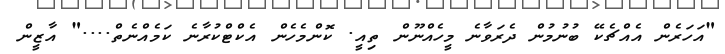
"އަހަރެން އެއްޗެކޭ ބުނުމުން ދެރަވާނެ މީހެއްނޫން ތިއީ. ކޮންމެހެން އެކްޓްކުރާނެ ކަމެއްނެތް...." އާޒީން